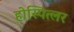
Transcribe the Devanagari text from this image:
होस्पित्लर